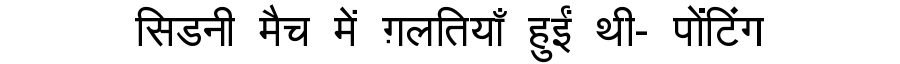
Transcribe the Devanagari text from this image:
सिडनी मैच में ग़लतियाँ हुईं थी- पोंटिंग